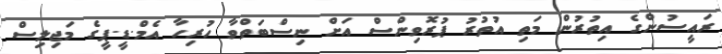
ރައީސުންގެ އިތުރުން މަތި އުތުރު ޕުރޮވިންސް އަށް ނިސްބަތްވާ ހުރިހާ އެމް.ޑީ.ޕީގެ މަޖިލިސް